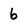
Character: 6